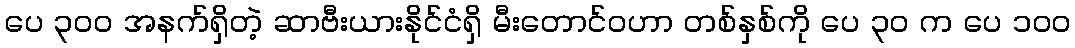
ပေ ၃၀၀ အနက်ရှိတဲ့ ဆာဗီးယားနိုင်ငံရှိ မီးတောင်ဝဟာ တစ်နှစ်ကို ပေ ၃၀ က ပေ ၁၀၀